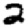
Digit: 2